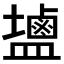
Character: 𪉩